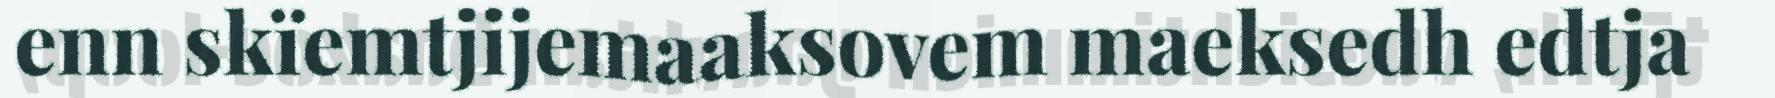
enn skïemtjijemaaksovem maeksedh edtja